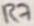
Text: R7